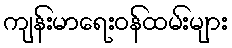
ကျန်းမာရေးဝန်ထမ်းများ